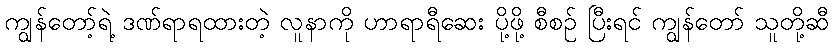
ကျွန်တော့်ရဲ့ ဒဏ်ရာရထားတဲ့ လူနာကို ဟာရာရီဆေး ပို့ဖို့ စီစဉ် ပြီးရင် ကျွန်တော် သူတို့ဆီ